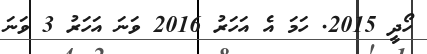
ހޯދީ 2015. ހަމަ އެ އަހަރު 2016 ވަނަ އަހަރު 3 ވަނަ